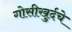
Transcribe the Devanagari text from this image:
गोसीखुर्दचे